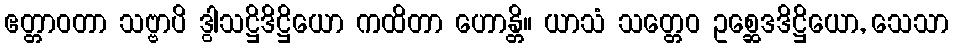
ဧတ္တာဝတာ သဗ္ဗာပိ ဒွါသဋ္ဌိဒိဋ္ဌိယော ကထိတာ ဟောန္တိ။ ယာသံ သတ္တေဝ ဥစ္ဆေဒဒိဋ္ဌိယော, သေသာ